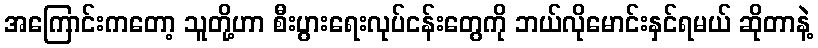
အကြောင်းကတော့ သူတို့ဟာ စီးပွားရေးလုပ်ငန်းတွေကို ဘယ်လိုမောင်းနှင်ရမယ် ဆိုတာနဲ့